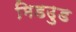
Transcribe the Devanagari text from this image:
मिडउुड